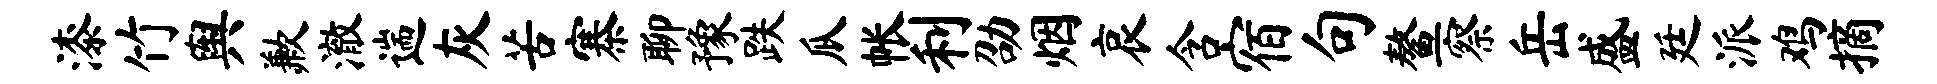
漆竹舆歉澈遄灰苦寨聊豫跌瓜帐利劭烟哀含宿句鳌察岳盛廷派鸡摘